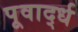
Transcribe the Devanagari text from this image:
पूवार्द्ध